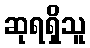
ဆုရရှိသူ